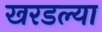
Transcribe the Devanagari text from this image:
खरडल्या